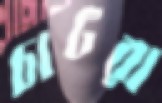
চাটরা